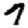
Digit: 7